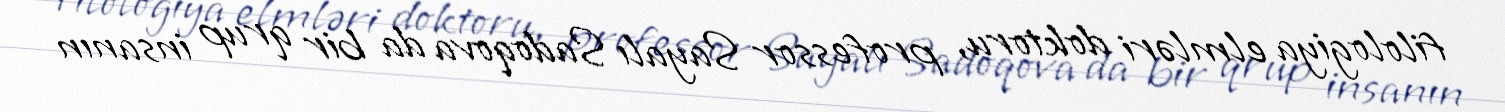
filologiya elmləri doktoru, professor Sayalı Sadoqova da bir qrup insanın